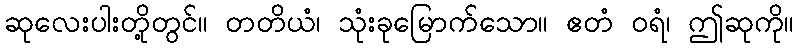
ဆုလေးပါးတို့တွင်။ တတိယံ၊ သုံးခုမြောက်သော။ ဧတံ ဝရံ၊ ဤဆုကို။